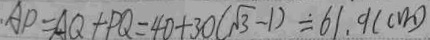
A P = A Q + P Q = 4 0 + 3 0 ( \sqrt { 3 } - 1 ) = 6 1 . 9 ( c m )